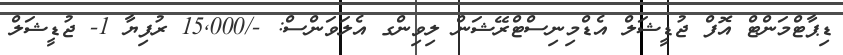
ޑިޕާޓްމަންޓް އޮފް ޖުޑީޝަލް އެޑްމިނިސްޓްރޭޝަން ލިވިންގ އެލަވަންސް: -/15